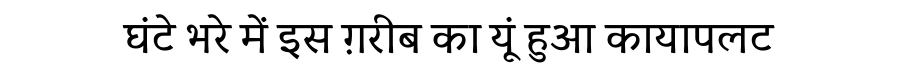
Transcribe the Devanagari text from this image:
घंटे भरे में इस ग़रीब का यूं हुआ कायापलट